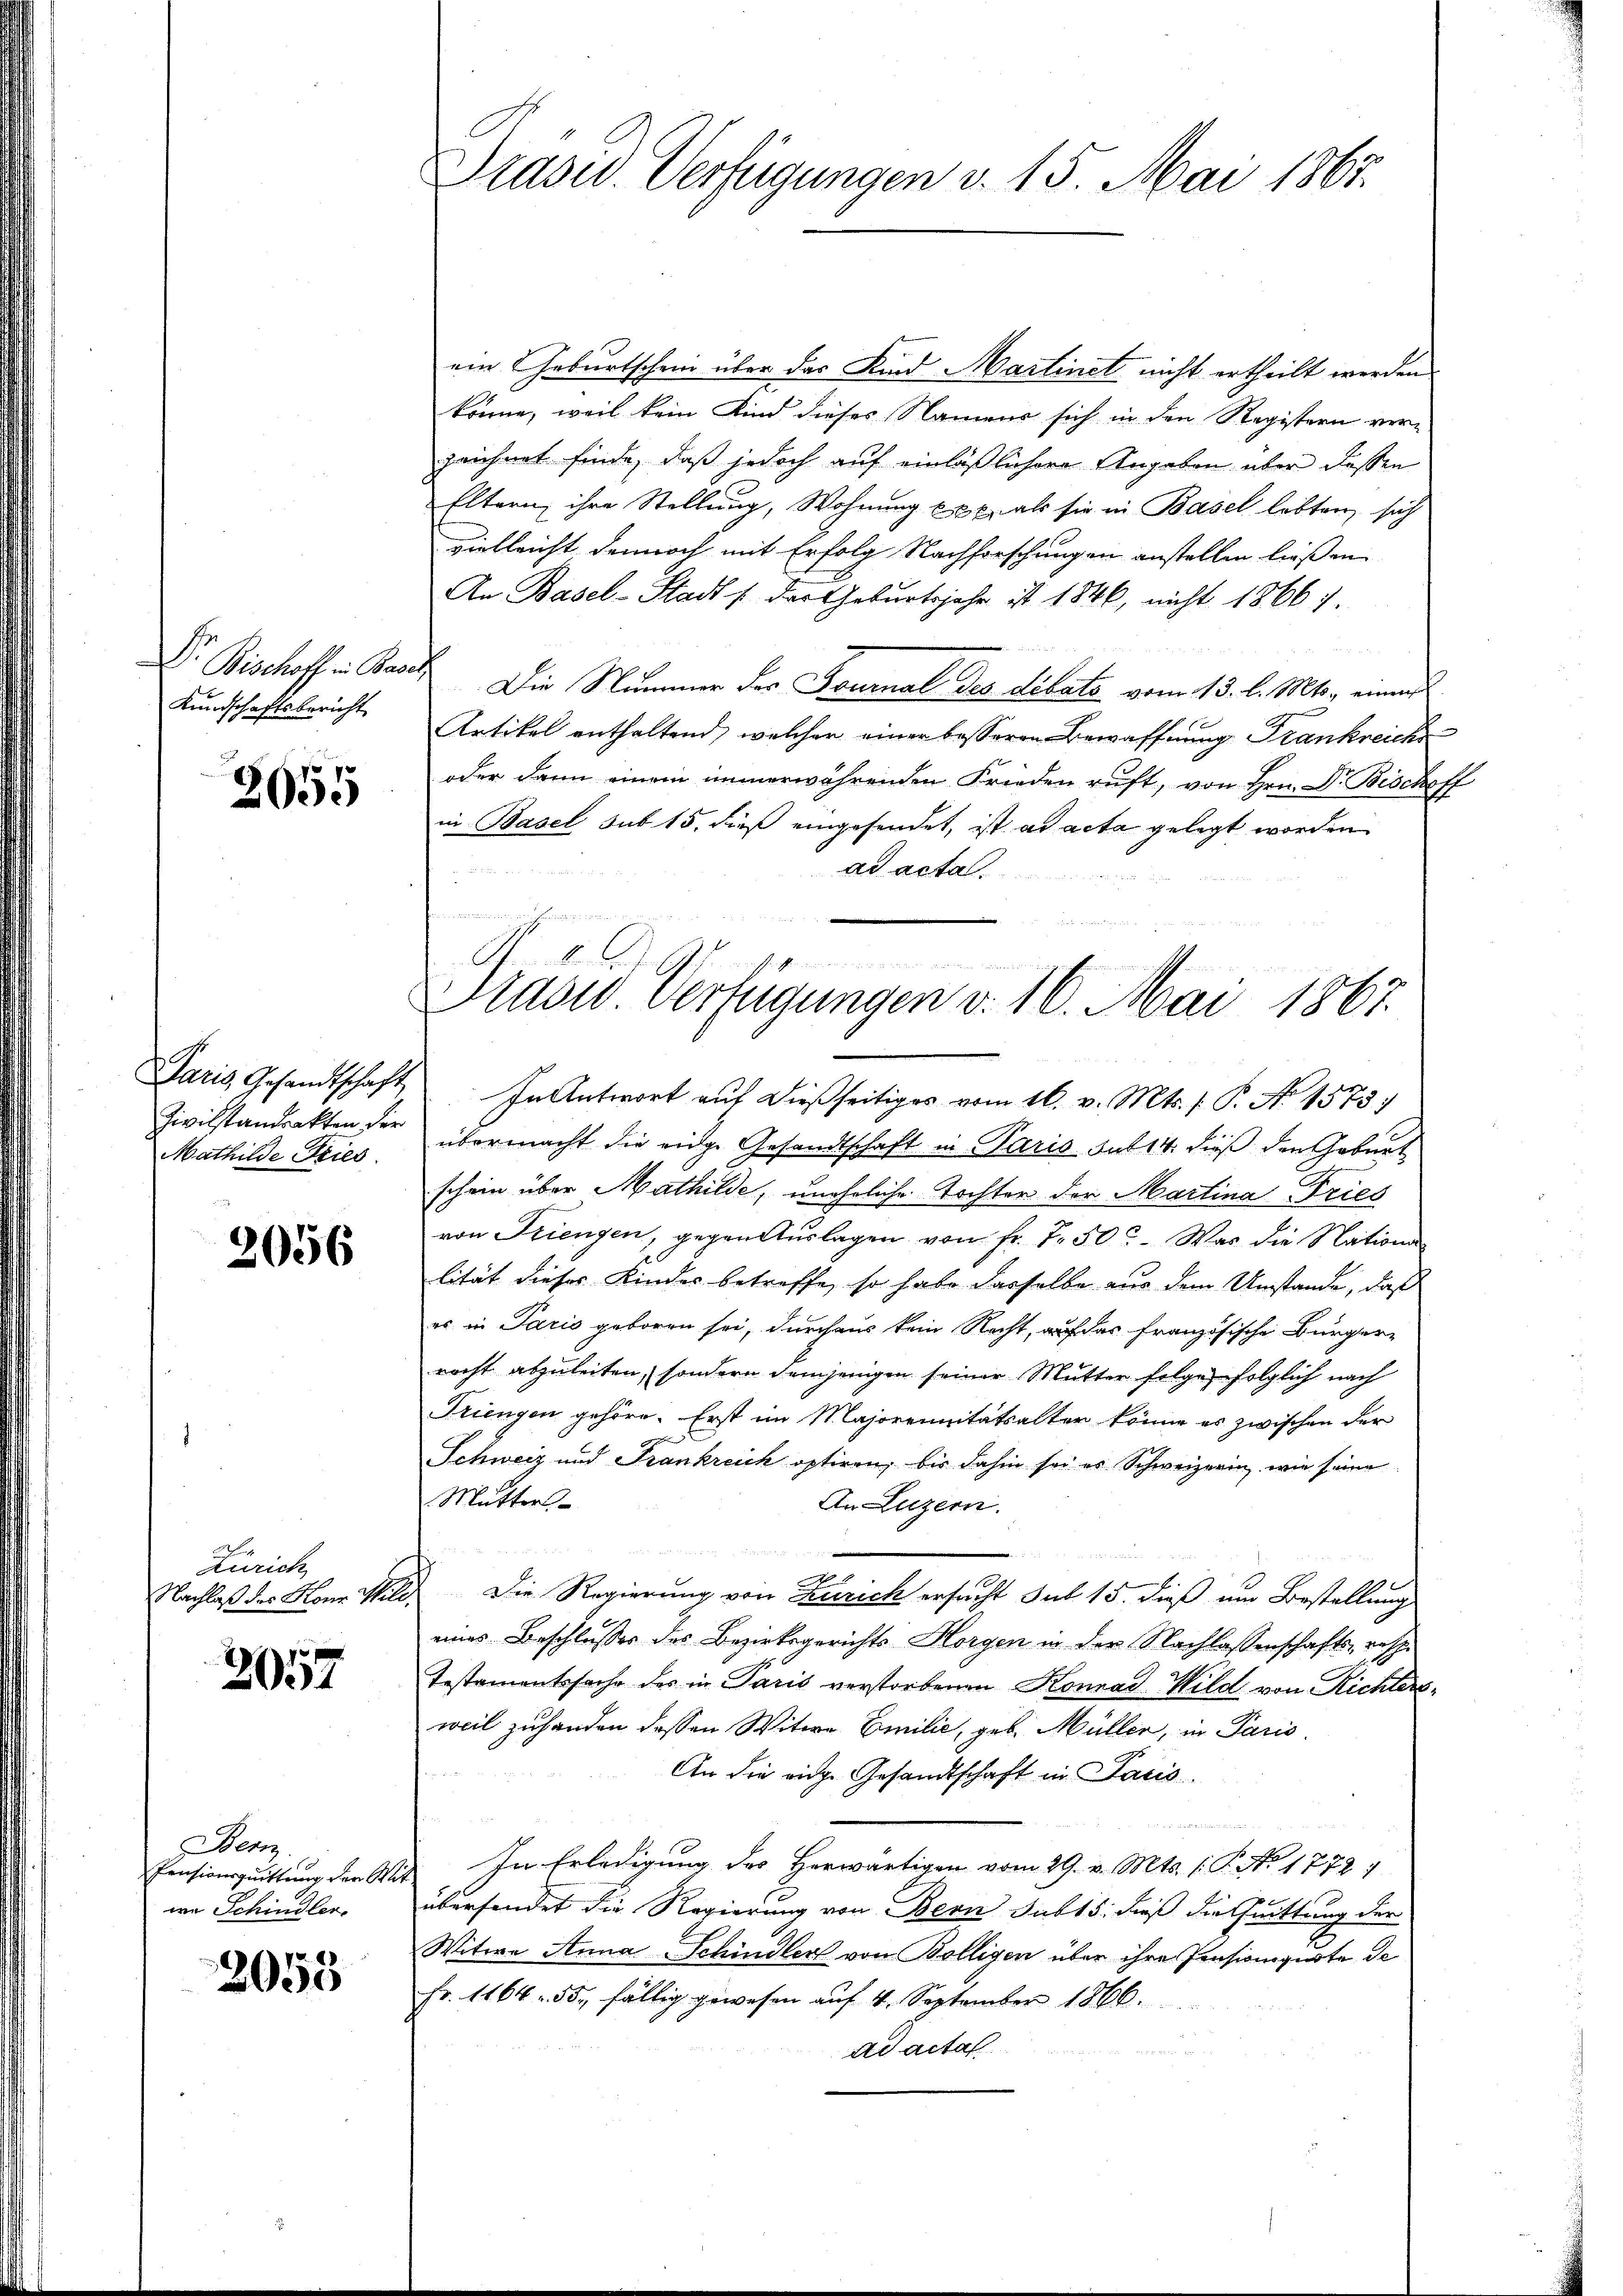
Dr. Bischoff in Base
Kundschaftsbericht

2655

Zivilstandsakten der
Mathilde Fries

2056

Zürich

2057

Bern.
Pensionsquittung der Sta
wa Schindler.

2055

DDrasid. Verfügungen v. 15. Mai 1865.

Prasw. Verfügungen v. 16. Mai 1867.

ein Geburtschein über das Kind Martinet nicht ertheilt werden
könne, weil kein Kind dieses Namens sich in den Registern ver-
zeichnet finde, daß jedoch auf einläßlichere Angaben über dessen
Eltern ihre Stellung, Wohnung Exp. als sie in Basel lebten, sich
vielleicht dennoch mit Erfolg Nachforschungen anstellen ließen
An Basel-Stadt /: das Geburtsjahr ist 1846, nicht 1866 7.
.Die Nummer des Fournal des dilato vom 13. l. Mts., eine
Artikel enthaltend, welcher einer besseren Bewaffnung Frankreichs
oder dann einem immerwährenden Frieden ruft, von Hrn. Dr. Bisch
off
in Basel sub 15. dieß eingesendet, ist ad acta gelegt worden
2
ad acta.
Paris, Gesandtschaft. In Antwort aŭf dießseitiges vom 16. v. Mts. 1. P. No 1573)
übermacht die eidge Gesandtschaft in Paris sub 14. dieß den Geburt
schein über Mathilde, uneheliche Tochter der Martina Tries
von Friengen, gegen Aŭslagen von fr. f. 50c. Was die Nationen
lität dieses Kindes betreffe, so habe dasselbe aus dem Umstande, daß
es in Paris geboren sei, durchaus kein Nacht, auf das französische Bürger-
recht abzuleiten, sondern demjenigen seiner Mutter folge folglich nach
Triengen gehöre. Erst im Majorrunitätsalter könne es zwischen der
Schweiz und Frankreich optiren, bis dahin sei es Schweizerin, wie seine
Mutter
An Luzern.
u
Nachlaß des Honn Wild. Die Regierung von Zürich ersucht sub 15. dieß um Bestellung
eines Beschlusses des Bezirksgerichts Horgen in der Nachlassenschafts- resp.
Testamentssache des in Paris verstorbenen Konrad Wild von Richtersweil zuhanden dessen Witwe Emilie, geb. Müller, in Paris
An die eige Gesandtschaft in Paris.

In Erledigung des Herwärtigen vom 29. v. Mts. (T. No. 1772
übersendet die Regierung von Bern sub 15. dieß die Quittung der
Witwe Anna Schindler von Bolligen über ihre Pensionsquote de
Fr. 1164 - 53, fällig gewesen auf 4. September 1866.
Ad actal